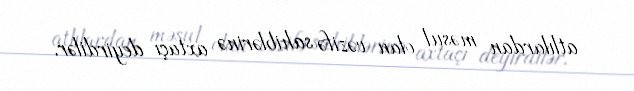
atlılardan məsul olan vəzifə sahiblərinə axtaçı deyirdilər.